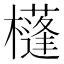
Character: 𣟀